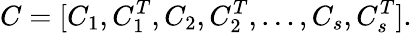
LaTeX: C=[C_{1},C_{1}^{T},C_{2},C_{2}^{T},\dots,C_{s},C_{s}^{T}].